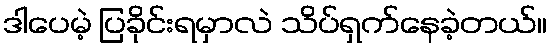
ဒါပေမဲ့ ပြခိုင်းရမှာလဲ သိပ်ရှက်နေခဲ့တယ်။